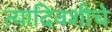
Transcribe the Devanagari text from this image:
त्यादिवशीचे